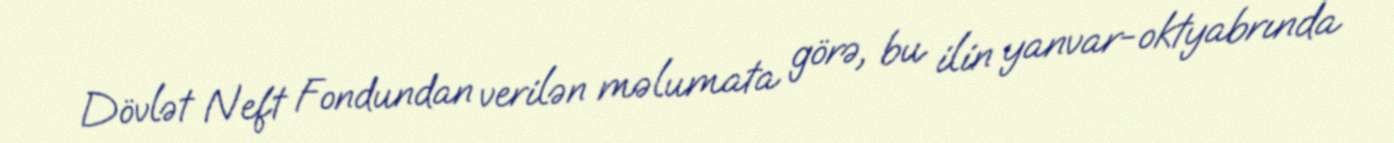
Dövlət Neft Fondundan verilən məlumata görə, bu ilin yanvar-oktyabrında